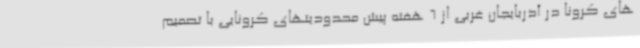
های کرونا در آذربایجان غربی از 6 هفته پیش محدودیتهای کرونایی با تصمیم